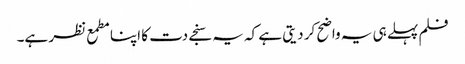
فلم پہلے ہی یہ واضح کر دیتی ہے کہ یہ سنجے دت کا اپنا مطمع نظر ہے۔